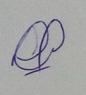
Signature authenticity: genuine